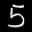
Label: 5